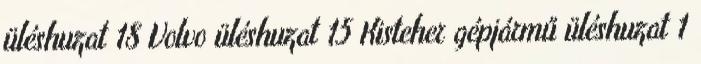
üléshuzat 18 Volvo üléshuzat 15 Kisteher gépjármű üléshuzat 1